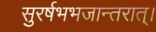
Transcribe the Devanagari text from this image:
सुरर्षभभजान्तरात्।